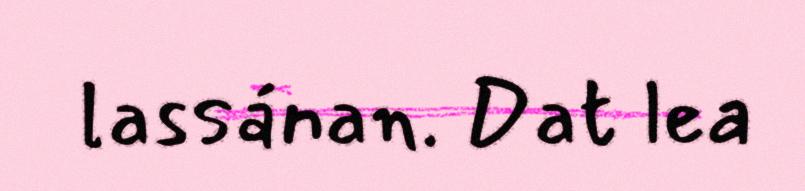
lassánan. Dat lea